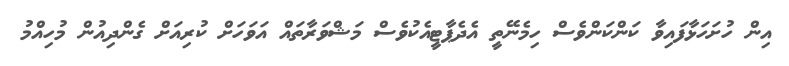
އިން ހުށަހަޅާފައިވާ ކަންކަންވެސް ހިމެނޭތީ އެދެޕާޓީއެކުވެސް މަޝްވަރާތައް އަވަހަށް ކުރިއަށް ގެންދިއުން މުހިއްމު